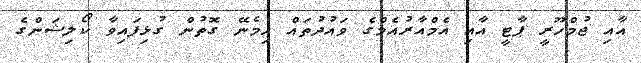
އާއި ޖުމްހޫރީ ޕާޓީ އާއި އެމްއާރުއެމްގެ ވައުދުތައް ހިމެނޭ ގޮތުން ގުޅިފައިވާ ކޯލިޝަންގެ